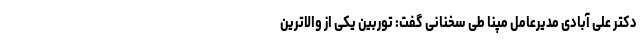
دکتر علی آبادی مدیرعامل مپنا طی سخنانی گفت: توربین یکی از والاترین